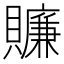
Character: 𧸖